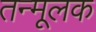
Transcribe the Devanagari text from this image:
तन्मूलक